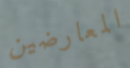
المعارضين